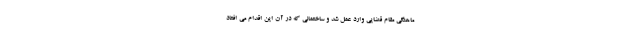
ماهنگی مقام قضایی وارد عمل شد و ساختمانی که در آن این اقدام می افتاد